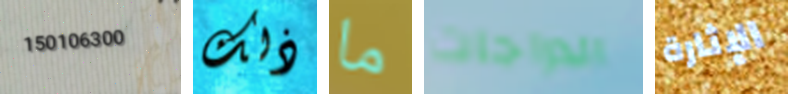
150106300 ذلك ما الدراجات الإثارة